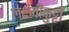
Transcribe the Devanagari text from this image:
लक्ष्मीकुट्टी